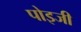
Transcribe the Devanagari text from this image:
पोइजी